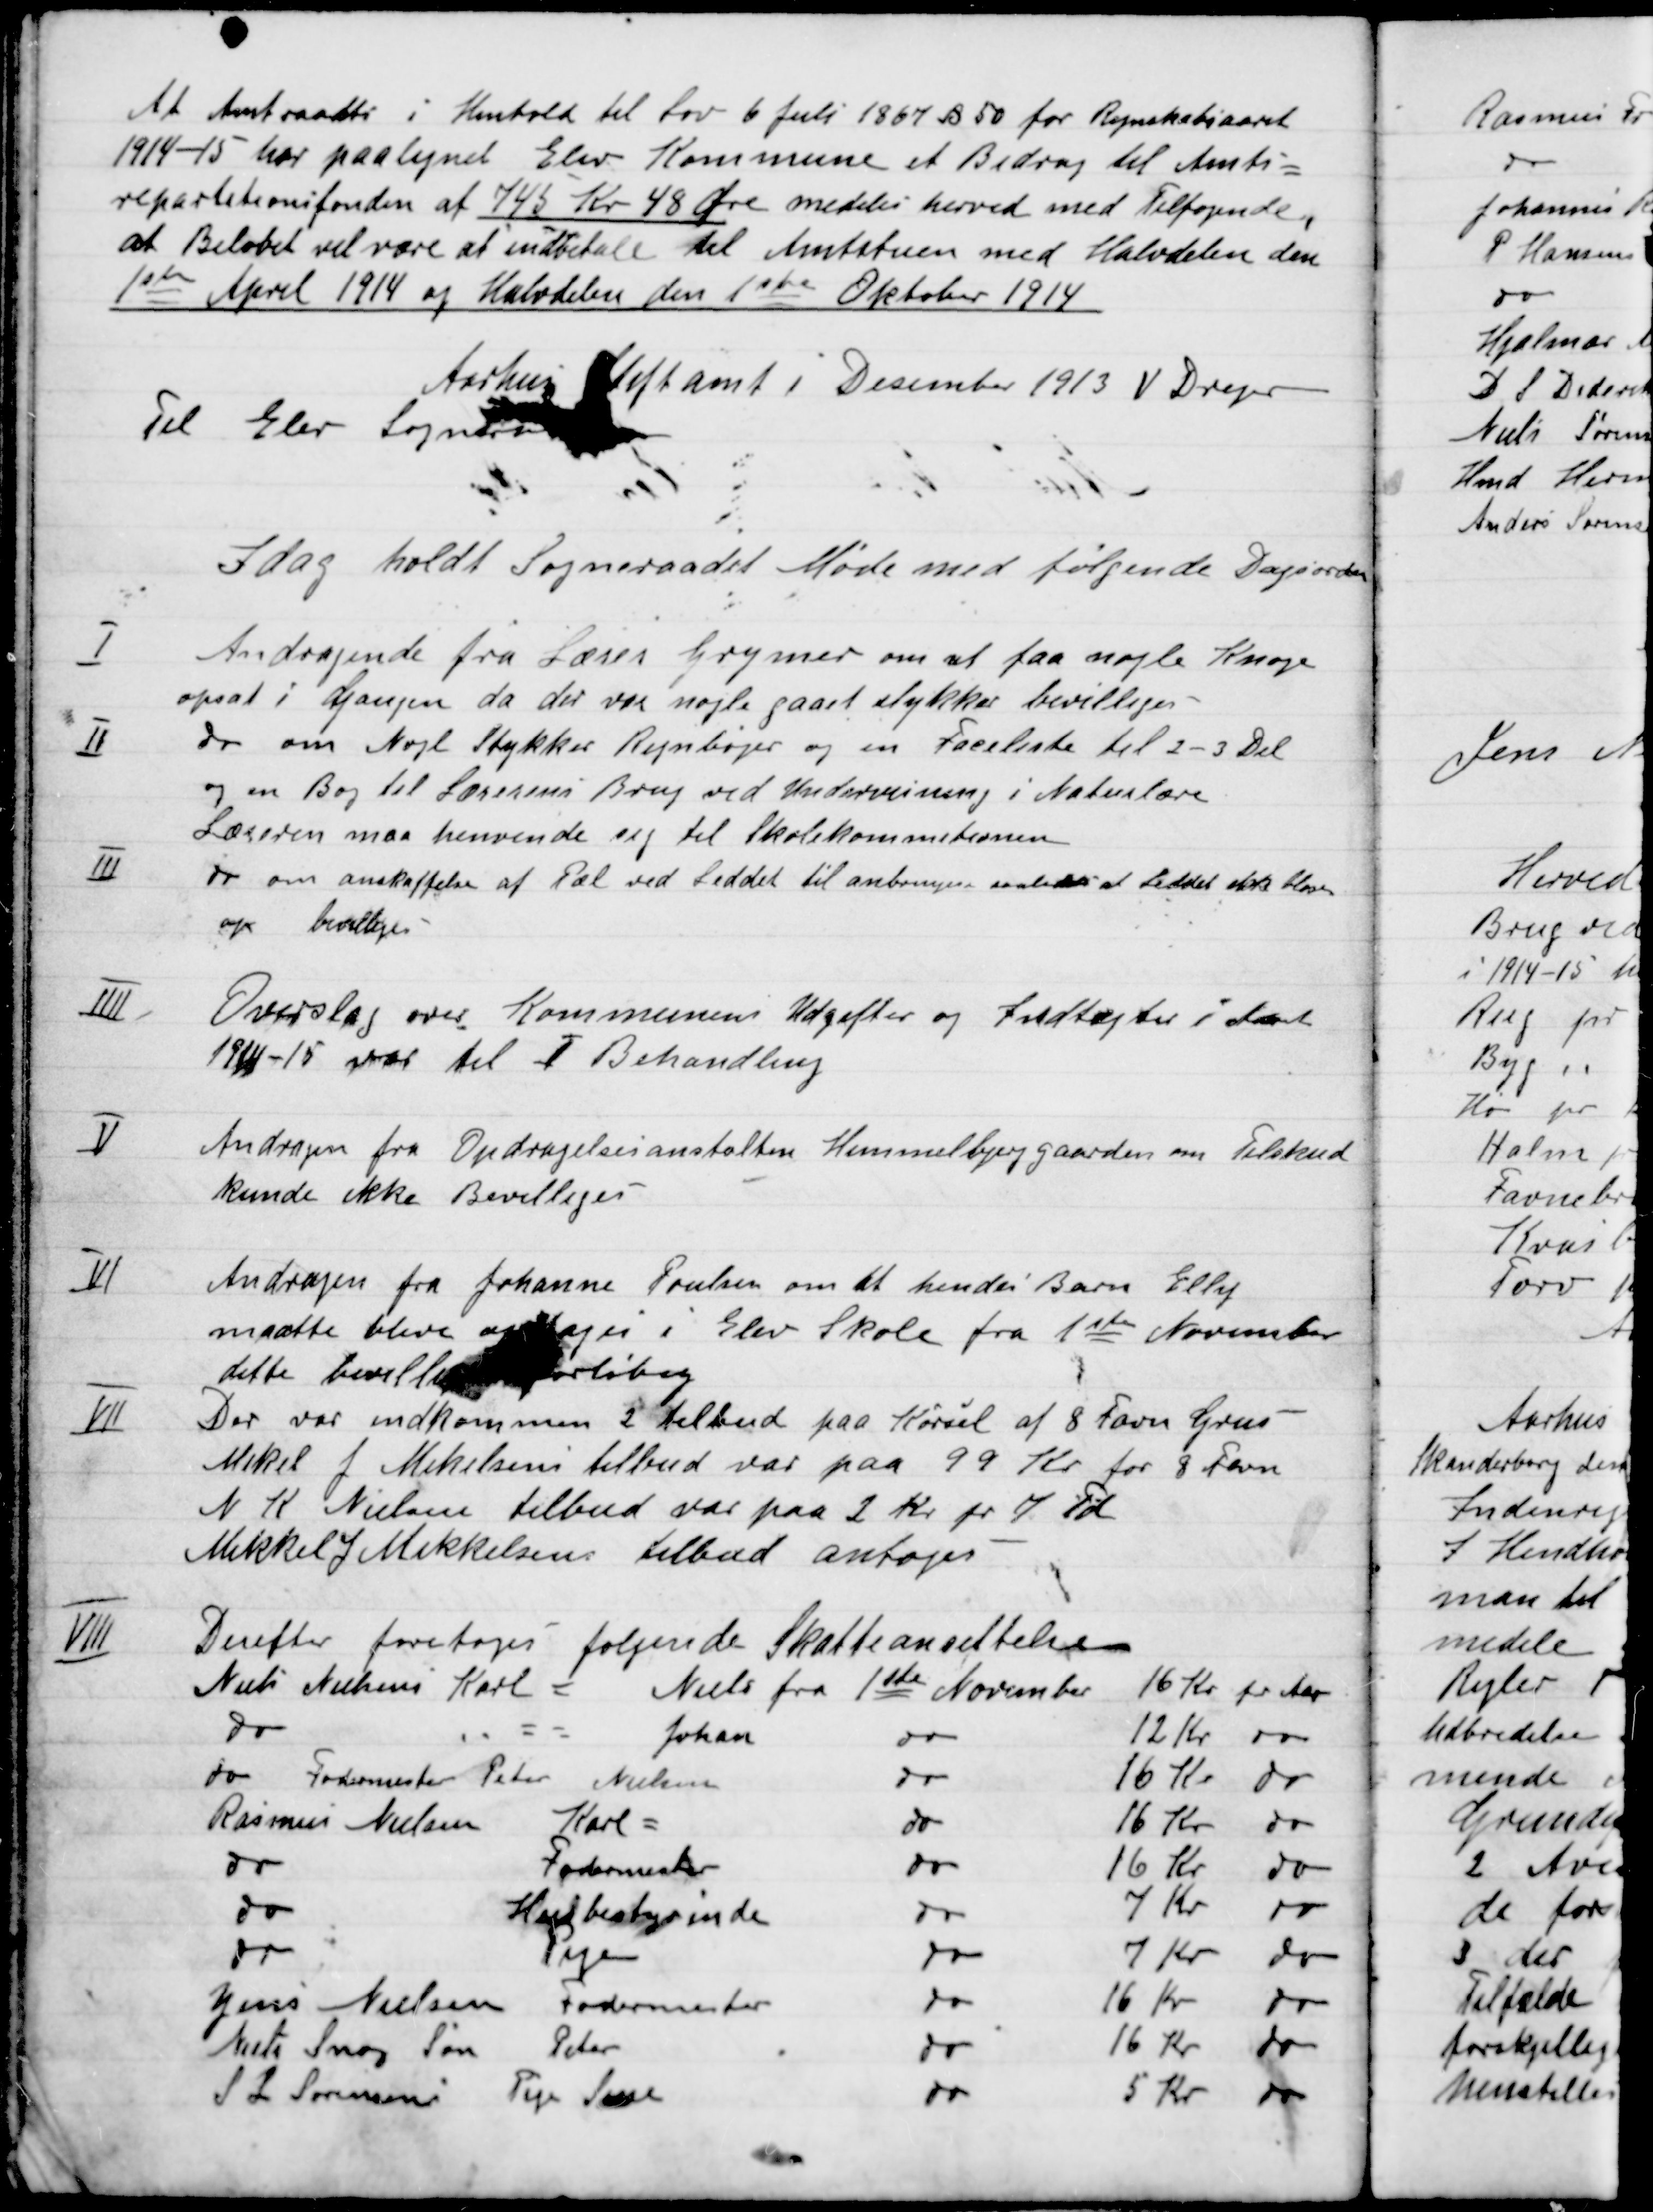
Transskription:
At Amtraadet i Henhold til Lov 6 Juli 1967 B 50 for Regnskabsaaret
1914-15 har paalignet Elev Kommune at Bidrag til Amts-
reparationsfonden af 745 Kr. 48 Øre meldes herved med Tilføjende
at Beløbet vil være at indbetale til Amtstuen med Halvdelen
1ste April 1914 og Halvdelen den 1ste Oktober 1914
Aarhus Stiftsamt i December 1913 V. Drejer
Til Elev sogneraad

I dag holdt Sogneraadet Møde med følgende Dagsorden.

I

Andragende fra lærer Gymner om at faa nogle Knage
opsat i gangen da der var nogle gaaet i stykker bevilliges.

II

Do om Nogle Stykker Regnebøger og en Facitliste til 2-3 Del
og en Bog til Lærernes brug ved Undervisning i Naturlove,

III

Do om anskaffelse af Tal ved Loddet til anbringelse saaledes at Loddet det bliver
op bevilliges.

IIII

Overslag over Kommunens Udgifter og Indtægter i Aaret
1914-15 var til I Behandling.

V

Andragende fra Opdragelsesanstalten Himmelbjerggaarden om Tilskud
Kunde ikke bevilliges.

VI

Andragende fra Johanne Poulsen om at hendes Barn Elly
maatte blive optaget i Elev Skole fra 1ste November
dette bevilligedes foreløbig.

VII

Der var indkommen 2 Tilbud paa Kørsel af 8 favn Grus
Mikel F. Mikkelsens tilbud var paa 99 Kr. for 8 Favn
N. K. Nielsens tilbud var paa 2 Kr. pr 7 Td
Mikkel F. Mikkelsens tilbud antoges. –

VIII